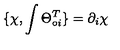
\{ \chi , \int \Theta _ { \circ i } ^ { T } \} = \partial _ { i } \chi